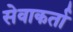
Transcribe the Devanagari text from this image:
सेवाकर्ता